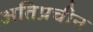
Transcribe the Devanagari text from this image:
अतिप्रचीन